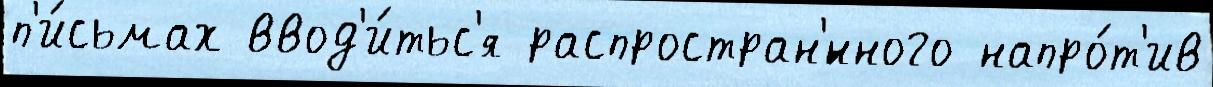
п'и́сьмах ввод'и́тьс'я распростран'́нного напро́т'ив